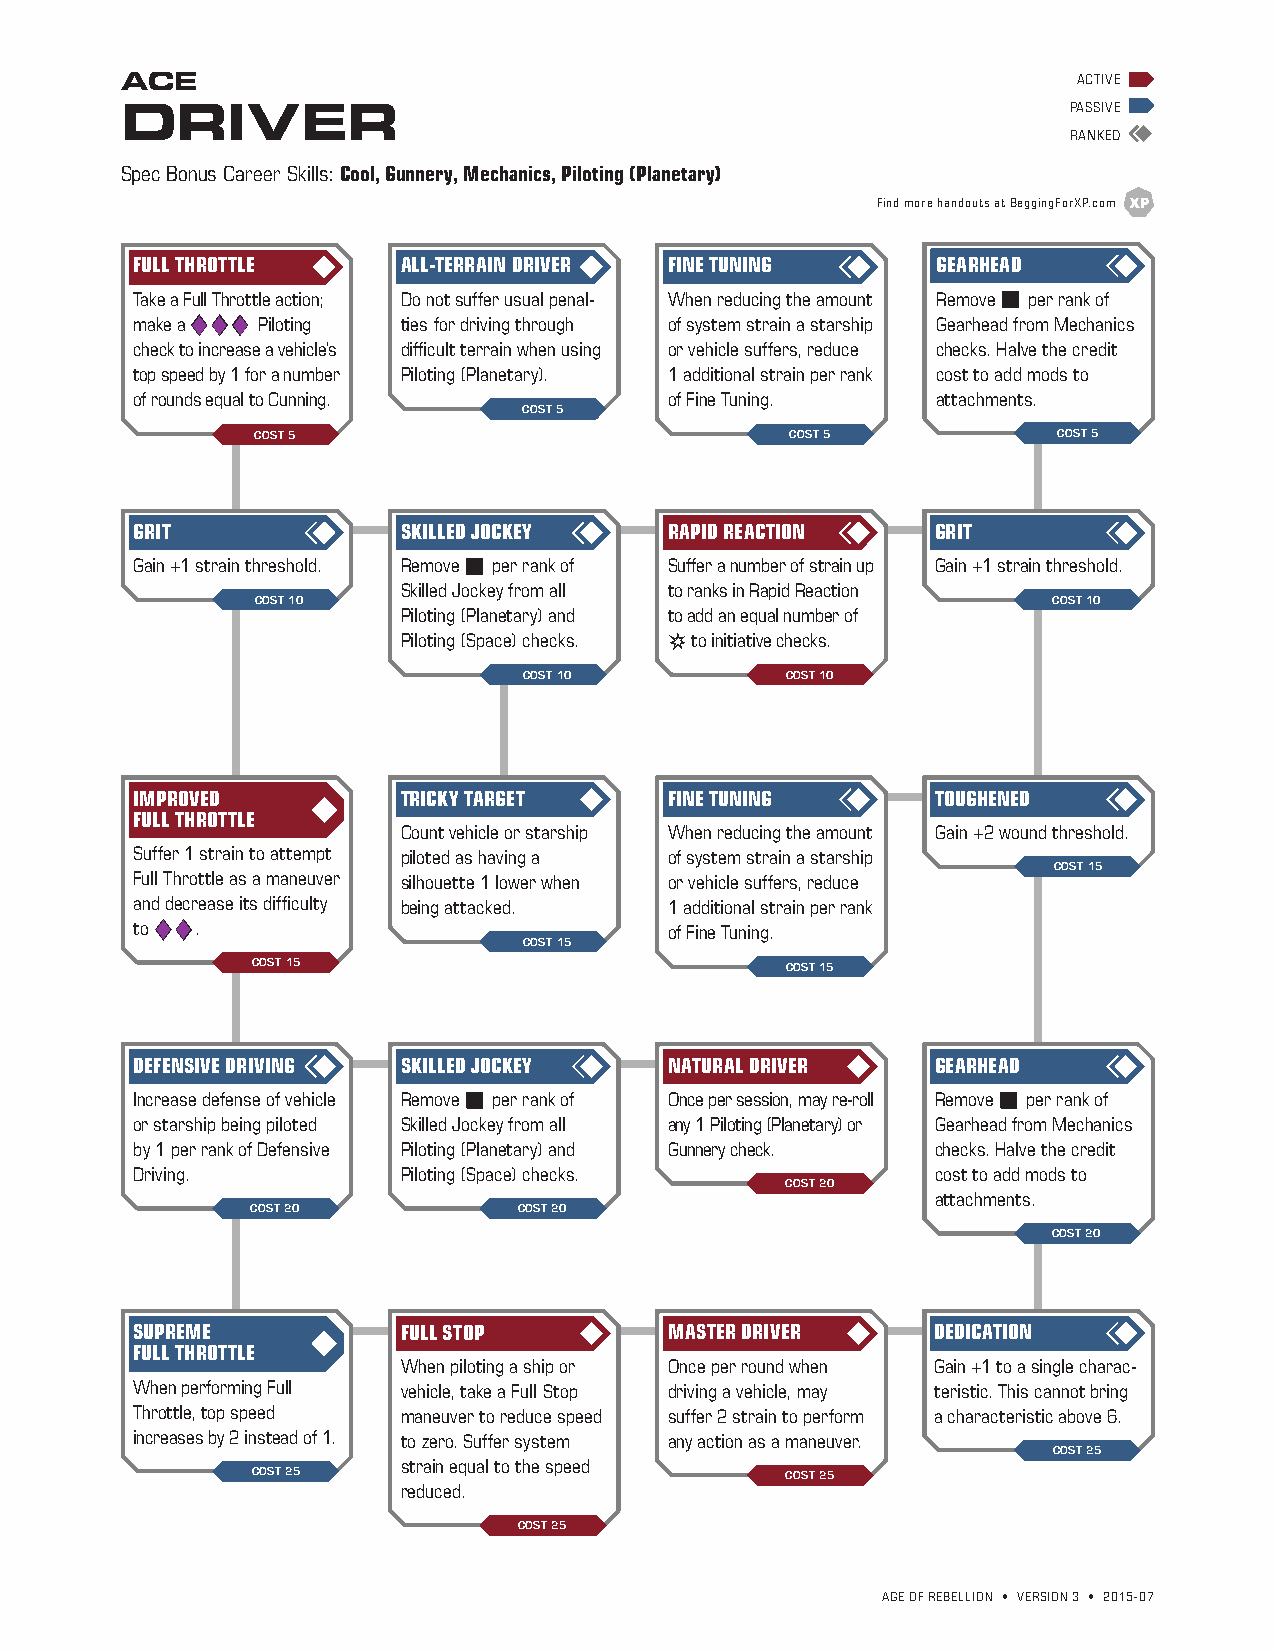
ACE                                                            ACTIVE
 DRIVER                                                         PASSIVE
 RANKED
 Spec Bonus Career Skills: Cool, Gunnery, Mechanics, Piloting (Planetary)
 Find more handouts at BeggingForXP.com
 FULL THROTTLE     ALL-TERRAIN DRIVER FINE TUNING     GEARHEAD
 Take a Full Throttle action; Do not suffer usual penal- When reducing the amount Remove b per rank of
 make a ddd Piloting ties for driving through of system strain a starship Gearhead from Mechanics
 check to increase a vehicle’s difficult terrain when using or vehicle suffers, reduce checks. Halve the credit
 top speed by 1 for a number Piloting (Planetary). 1 additional strain per rank cost to add mods to
 of rounds equal to Cunning.        of Fine Tuning.   attachments.
 COST 5
 COST 5                             COST 5            COST 5
 GRIT              SKILLED JOCKEY   RAPID REACTION    GRIT
 Gain +1 strain threshold. Remove b per rank of Suffer a number of strain up Gain +1 strain threshold.
 Skilled Jockey from all to ranks in Rapid Reaction
 COST 10                                              COST 10
 Piloting (Planetary) and to add an equal number of
 Piloting (Space) checks. s to initiative checks.
 COST 10          COST 10
 IMPROVED          TRICKY TARGET    FINE TUNING       TOUGHENED
 FULL THROTTLE
 Count vehicle or starship When reducing the amount Gain +2 wound threshold.
 Suffer 1 strain to attempt piloted as having a of system strain a starship
 COST 15
 Full Throttle as a maneuver silhouette 1 lower when or vehicle suffers, reduce
 and decrease its difficulty being attacked. 1 additional strain per rank
 to dd.                             of Fine Tuning.
 COST 15
 COST 15                            COST 15
 DEFENSIVE DRIVING SKILLED JOCKEY   NATURAL DRIVER    GEARHEAD
 Increase defense of vehicle Remove b per rank of Once per session, may re-roll Remove b per rank of
 or starship being piloted Skilled Jockey from all any 1 Piloting (Planetary) or Gearhead from Mechanics
 by 1 per rank of Defensive Piloting (Planetary) and Gunnery check. checks. Halve the credit
 Driving.          Piloting (Space) checks.           cost to add mods to
 COST 20
 attachments.
 COST 20          COST 20
 COST 20
 SUPREME           FULL STOP        MASTER DRIVER     DEDICATION
 FULL THROTTLE
 When piloting a ship or Once per round when Gain +1 to a single charac-
 When performing Full vehicle, take a Full Stop driving a vehicle, may teristic. This cannot bring
 Throttle, top speed maneuver to reduce speed suffer 2 strain to perform a characteristic above 6.
 increases by 2 instead of 1. to zero. Suffer system any action as a maneuver.
 COST 25
 strain equal to the speed
 COST 25                            COST 25
 reduced.
 COST 25
 AGE OF REBELLION • VERSION 3 • 2015-07